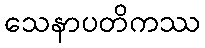
သေနာပတိကဿ